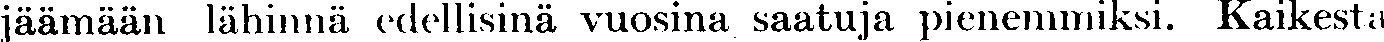
jäämään lähinnä edellisinä vuosina saatuja pienemmiksi. Kaikesta